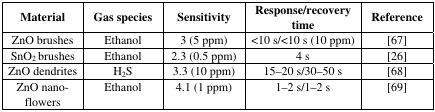
| Material | Gas species | Sensitivity | Response/recovery time | Reference |
 | --- | --- | --- | --- | --- |
 | ZnO brushes | Ethanol | 3 (5 ppm) | <10 s/<10 s (10 ppm) | [67] |
 | SnO2 brushes | Ethanol | 2.3 (0.5 ppm) | 4 s | [26] |
 | ZnO dendrites | H2S | 3.3 (10 ppm) | 15–20 s/30–50 s | [68] |
 | ZnO nano-flowers | Ethanol | 4.1 (1 ppm) | 1–2 s/1–2 s | [69] |